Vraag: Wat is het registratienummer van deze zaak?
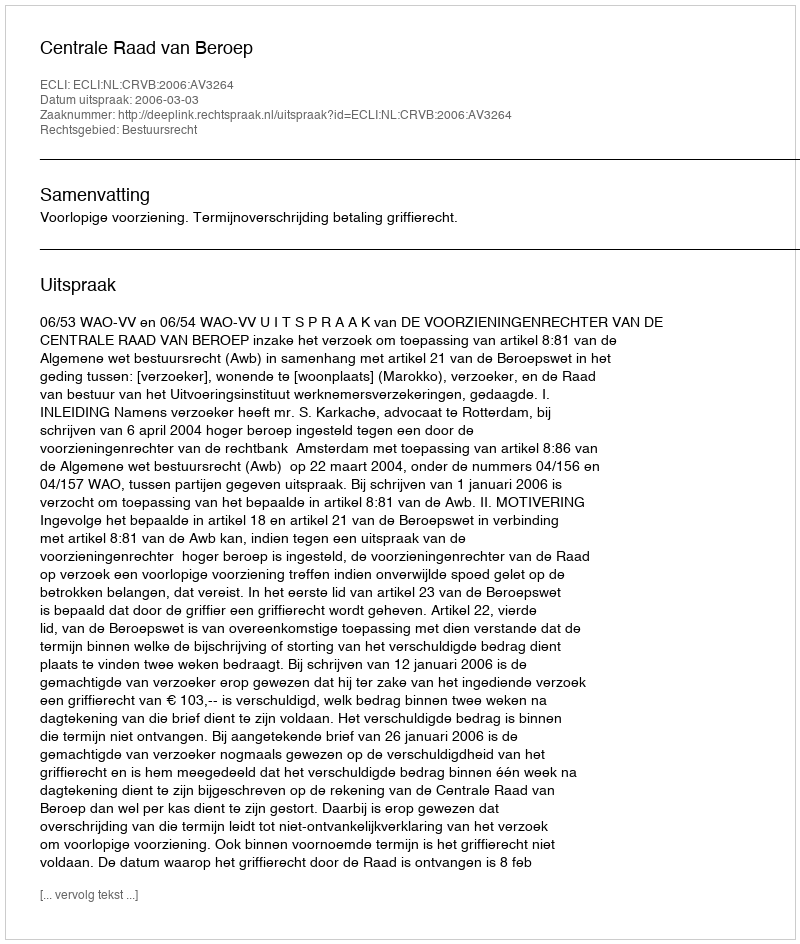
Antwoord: http://deeplink.rechtspraak.nl/uitspraak?id=ECLI:NL:CRVB:2006:AV3264